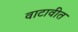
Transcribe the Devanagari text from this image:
वाटावीत